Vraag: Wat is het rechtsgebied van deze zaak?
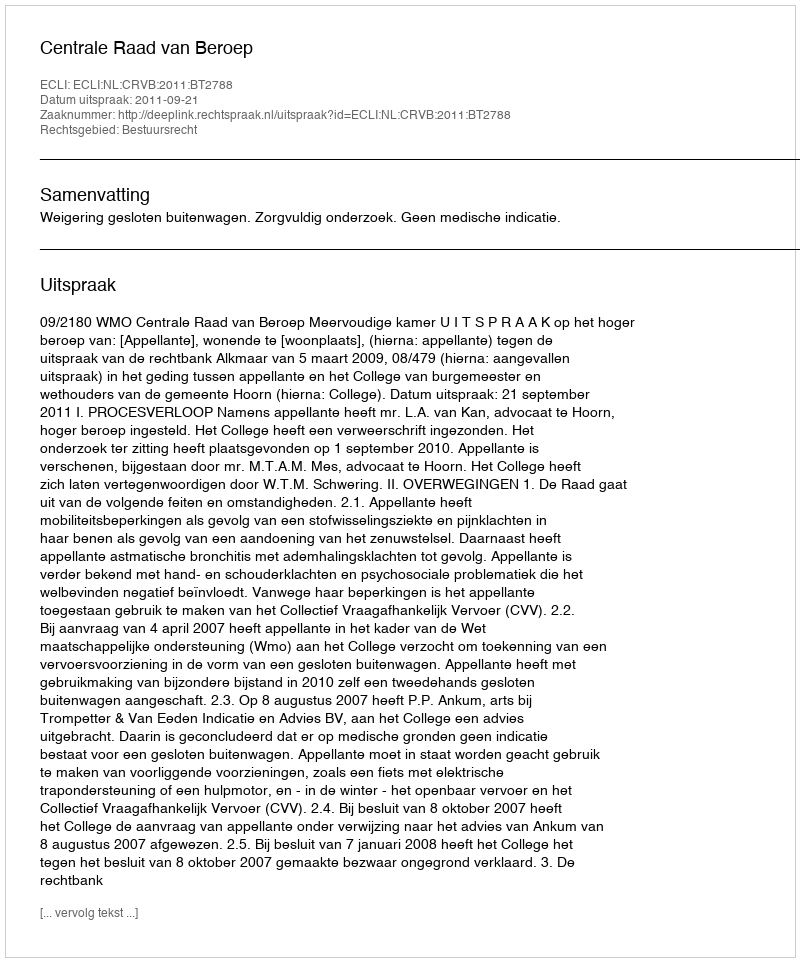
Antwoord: Bestuursrecht